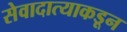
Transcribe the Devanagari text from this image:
सेवादात्याकडून